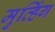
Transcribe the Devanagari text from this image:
मुव्हिंग